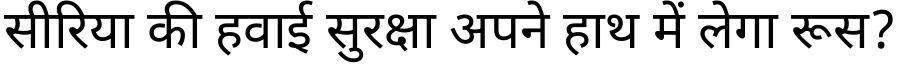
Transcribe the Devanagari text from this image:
सीरिया की हवाई सुरक्षा अपने हाथ में लेगा रूस?